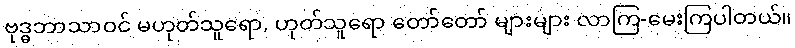
ဗုဒ္ဓဘာသာဝင် မဟုတ်သူရော, ဟုတ်သူရော တော်တော် များများ လာကြ-မေးကြပါတယ်။